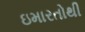
ઇમારતોથી